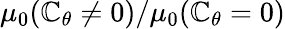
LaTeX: \mu_{0}(\mathbb{C}_{\theta}\neq0)/\mu_{0}(\mathbb{C}_{\theta}=0)